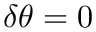
\delta \theta = 0